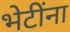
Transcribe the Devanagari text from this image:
भेटींना